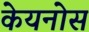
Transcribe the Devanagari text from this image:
केयनोस